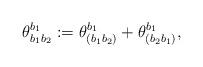
LaTeX: \begin{align*} \theta_{b_1 b_2}^{b_1} := \theta_{(b_1 b_2)}^{b_1} + \theta_{(b_2 b_1)}^{b_1}, \end{align*}